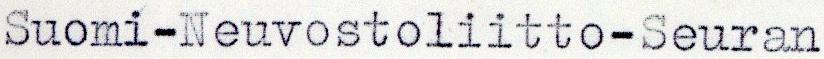
Suomi-Neuvostoliitto-Seuran